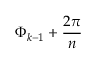
\Phi _ { k - 1 } + \frac { 2 \pi } { n }